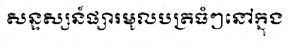
សន្ទស្សន៍ផ្សារមូលបត្រធំៗនៅក្នុង